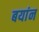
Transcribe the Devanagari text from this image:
बयांन